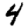
Digit: 4